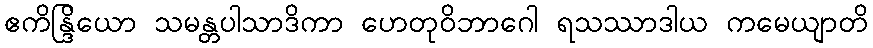
ဧကိန္ဒြိယော သမန္တပါသာဒိကာ ဟေတုဝိဘာဂေါ ရသဿာဒါယ ကမေယျာတိ